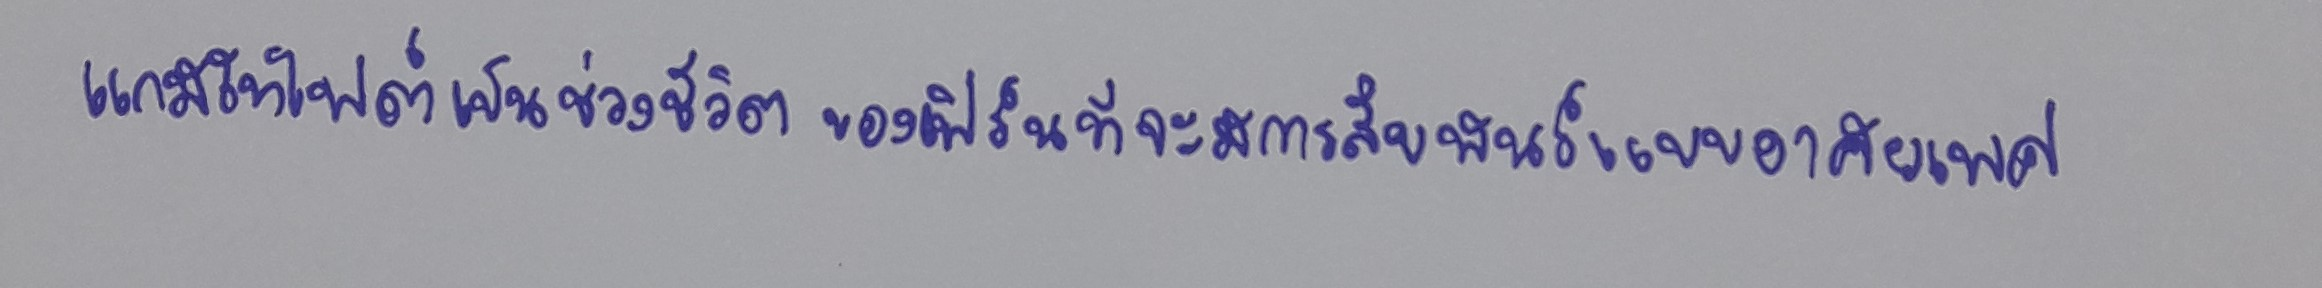
แกมีโทไฟต์เป็นช่วงชีวิตของเฟิร์นที่จะมีการสืบพันธุ์แบบอาศัยเพศ